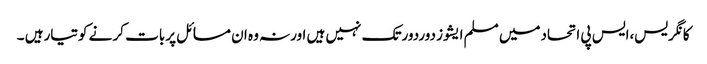
کانگریس،ایس پی اتحادمیں مسلم ایشوز دوردورتک نہیں ہیں اورنہ وہ ان مسائل پربات کر نے کوتیارہیں ۔